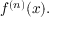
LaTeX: f ^ { ( n ) } ( x ) .